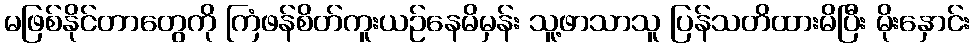
မဖြစ်နိုင်တာတွေကို ကြံဖန်စိတ်ကူးယဉ်နေမိမှန်း သူ့ဖာသာသူ ပြန်သတိထားမိပြီး မိုးနှောင်း